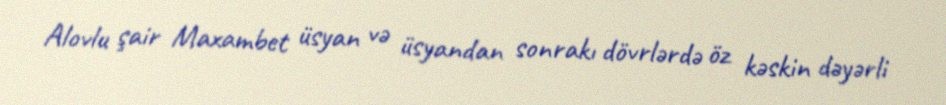
Alovlu şair Maxambet üsyan və üsyandan sonrakı dövrlərdə öz kəskin dəyərli